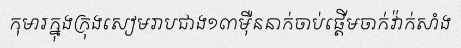
កុមារក្នុងក្រុងសៀមរាបជាង១៣ម៉ឺននាក់ចាប់ផ្តើមចាក់វ៉ាក់សាំង